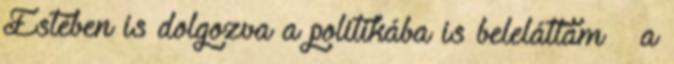
Estében is dolgozva a politikába is beleláttam – a